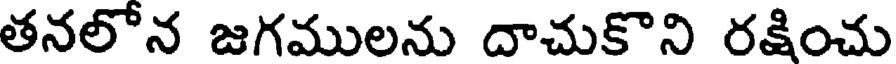
తనలోన జగములను దాచుకొని రక్షించు